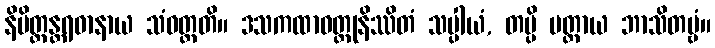
နိမိတ္တန္တရဓာနာယ သံဝတ္တတိ။ ဒသကထာဝတ္ထုနိဿိတံ သပ္ပါယံ, တမ္ပိ မတ္တာယ ဘာသိတဗ္ဗံ။